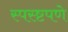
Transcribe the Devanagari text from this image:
स्पस्ष्टपणे